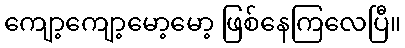
ကျော့ကျော့မော့မော့ ဖြစ်နေကြလေပြီ။